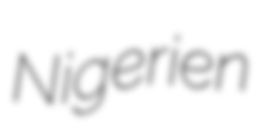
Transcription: Nigerien